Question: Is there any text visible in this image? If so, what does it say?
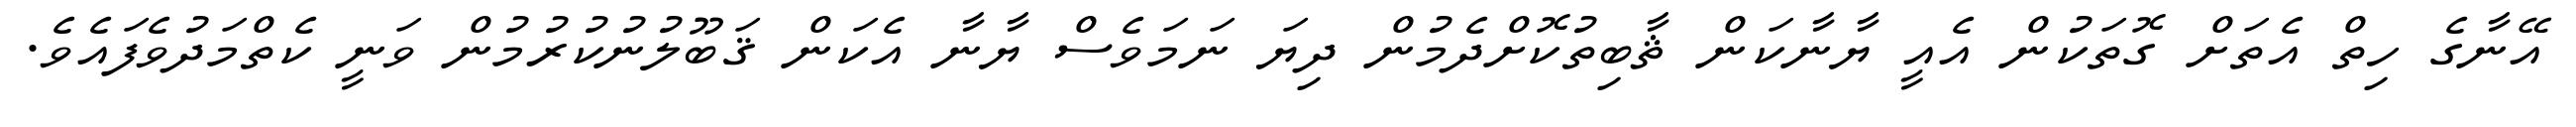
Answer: އޭނާގެ ހިތް އެތަށް ގޮތަކުން އެއީ ޔާނާކަން ޘާބިތުކޮށްދެމުން ދިޔަ ނަމަވެސް ޔާނާ އެކަން ޤަބޫލުނުކުރުމުން ވަނީ ކެތްމަދުވެފައެވެ.